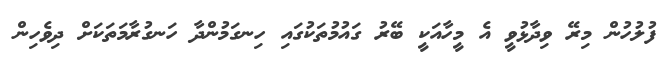
ފުލުހުން މިރޭ ވިދާޅުވީ އެ މީހާއަކީ ބޭރު ގައުމުތަކުގައި ހިނގަމުންދާ ހަނގުރާމަތަކަށް ދިވެހިން